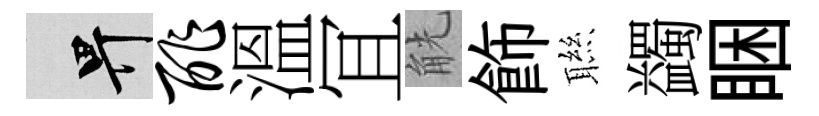
畀酢溫冝觥飾聮蠲睏